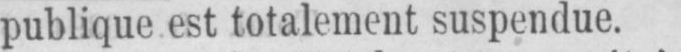
publique est totalement suspendue.